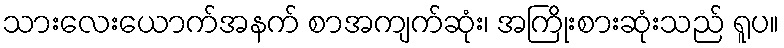
သားလေးယောက်အနက် စာအကျက်ဆုံး၊ အကြိုးစားဆုံးသည် ရူပ။